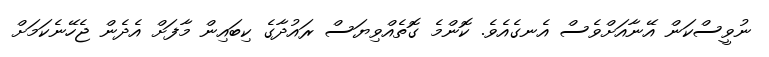
ނުވީސްކަން އޭނާއަށްވެސް އެނގެއެވެ. ކޮންމެ ގޮތެއްވިޔަސް ރައުދާގެ ކިބައިން މާފަށް އެދެން ޖެހޭނެކަމަށް